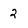
Character: 2